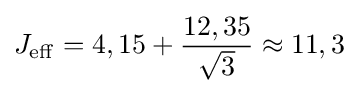
J_{\mathrm {eff} }=4,15+{\frac {12,35}{\sqrt {3}}}\approx 11,3